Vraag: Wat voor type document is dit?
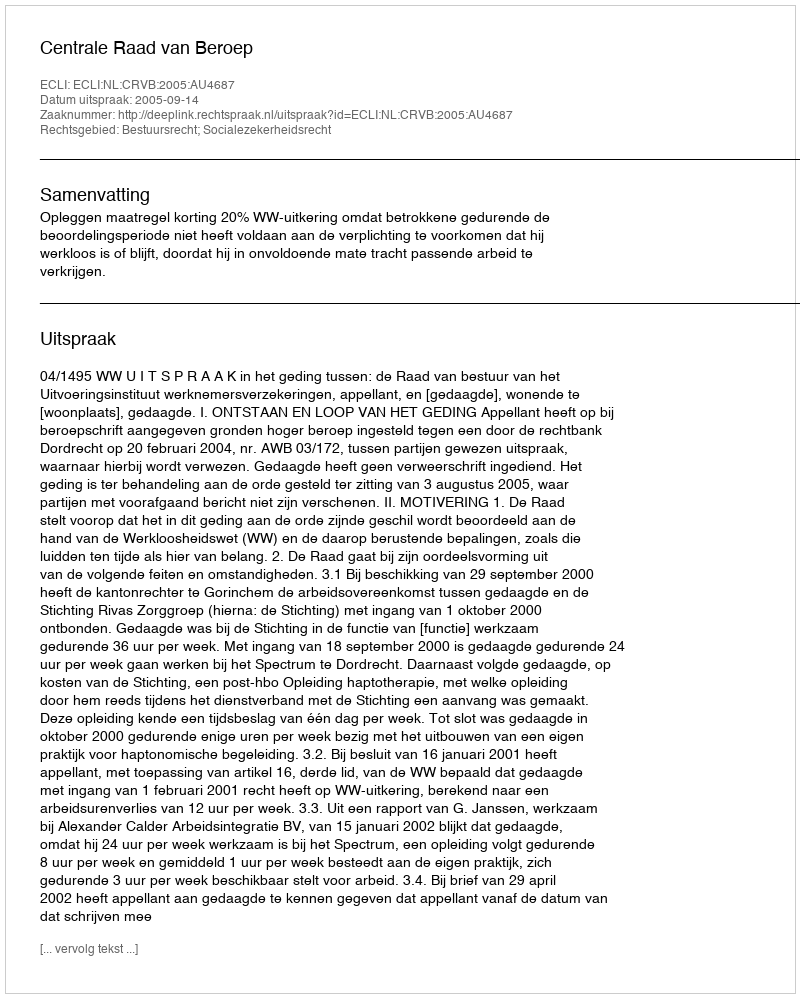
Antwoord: Uitspraak